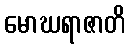
မောဃရာဇာတိ